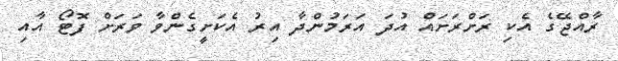
ރާއްޖޭގެ އެކި ރަށްރަށައް އުދަ އަރަމުންދާ އިރު އެކަށީގެންވާ ވަރަށް ފޮޓޯ އާއި